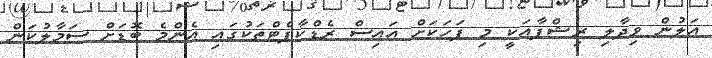
އަލުން ވިދާލި ރިޝްފާއަކީ މި ފަހަކަށް އައިސް ރެޑްކާޕެޓްތަކުގައި އެންމެ ބޮޑަށް ސަމާލުކަން